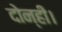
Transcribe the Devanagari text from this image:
दोन्ही।